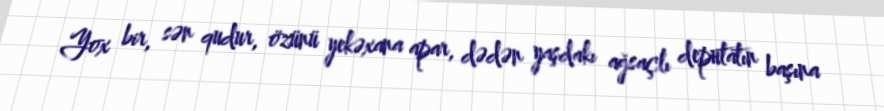
Yox bir, sən qudur, özünü yekəxana apar, dədən yaşdakı ağsaçlı deputatın başına